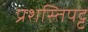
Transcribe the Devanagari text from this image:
प्रशस्तिपट्ट